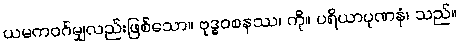
ယမကဝဂ်မျှလည်းဖြစ်သော။ ဗုဒ္ဓဝစနဿ၊ ကို။ ပရိယာပုဏနံ၊ သည်။